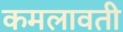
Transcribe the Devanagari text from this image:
कमलावती